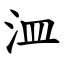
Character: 㳑